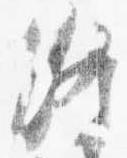
終